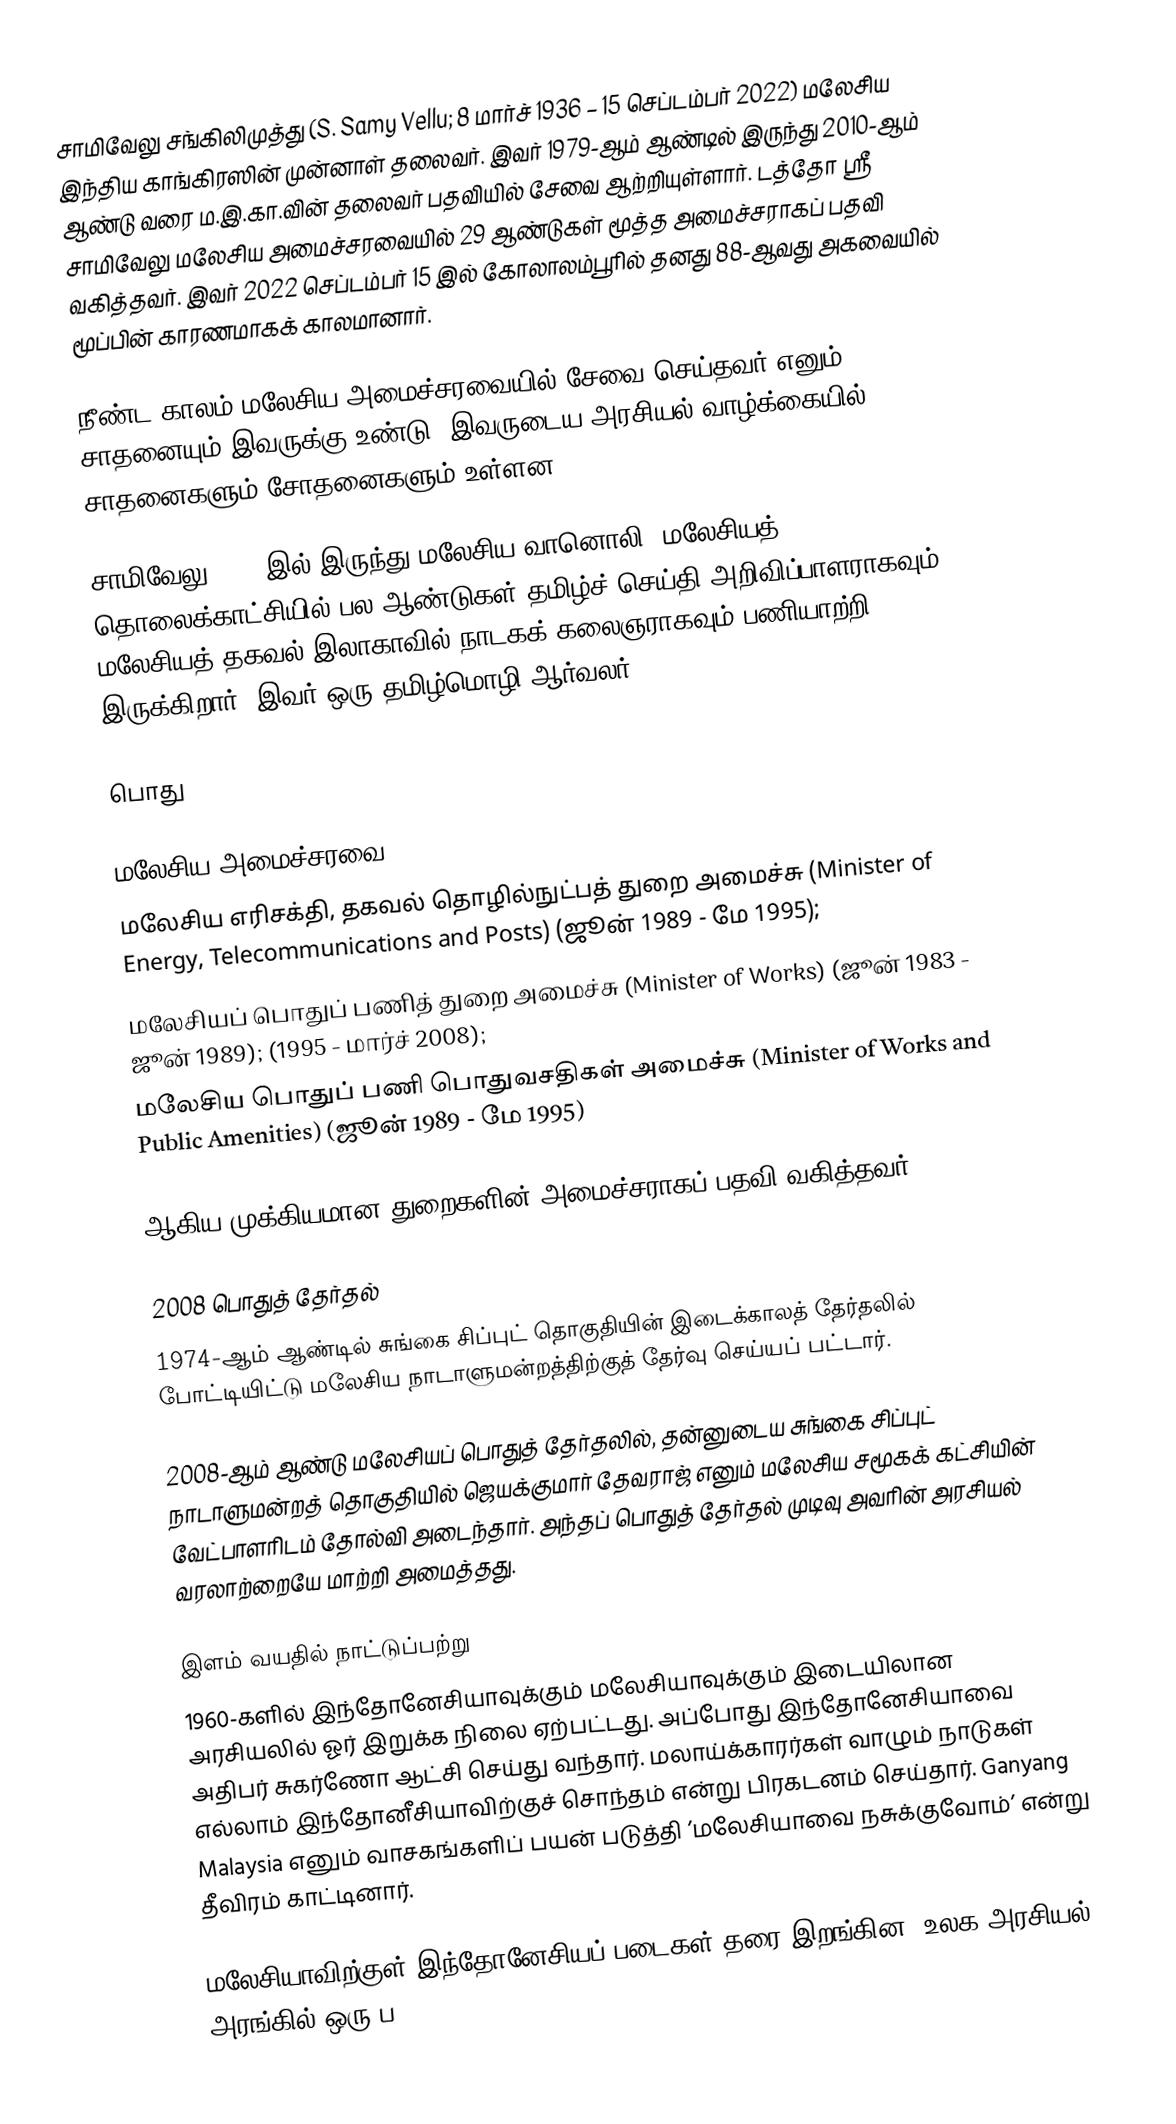
சாமிவேலு சங்கிலிமுத்து (S. Samy Vellu; 8 மார்ச் 1936 – 15 செப்டம்பர் 2022) மலேசிய இந்திய காங்கிரஸின் முன்னாள் தலைவர். இவர் 1979-ஆம் ஆண்டில் இருந்து 2010-ஆம் ஆண்டு வரை ம.இ.கா.வின் தலைவர் பதவியில் சேவை ஆற்றியுள்ளார். டத்தோ ஸ்ரீ சாமிவேலு மலேசிய அமைச்சரவையில் 29 ஆண்டுகள் மூத்த அமைச்சராகப் பதவி வகித்தவர். இவர் 2022 செப்டம்பர் 15 இல் கோலாலம்பூரில் தனது 88-ஆவது அகவையில் மூப்பின் காரணமாகக் காலமானார்.

நீண்ட காலம் மலேசிய அமைச்சரவையில் சேவை செய்தவர் எனும் சாதனையும் இவருக்கு உண்டு. இவருடைய அரசியல் வாழ்க்கையில் சாதனைகளும் சோதனைகளும் உள்ளன.

சாமிவேலு 1963-இல் இருந்து மலேசிய வானொலி, மலேசியத் தொலைக்காட்சியில் பல ஆண்டுகள் தமிழ்ச் செய்தி அறிவிப்பாளராகவும், மலேசியத் தகவல் இலாகாவில் நாடகக் கலைஞராகவும் பணியாற்றி இருக்கிறார். இவர் ஒரு தமிழ்மொழி ஆர்வலர்.

பொது

மலேசிய அமைச்சரவை
 மலேசிய எரிசக்தி, தகவல் தொழில்நுட்பத் துறை அமைச்சு (Minister of Energy, Telecommunications and Posts) (ஜூன் 1989 - மே 1995);
 மலேசியப் பொதுப் பணித் துறை அமைச்சு (Minister of Works) (ஜூன் 1983 - ஜூன் 1989); (1995 - மார்ச் 2008);
 மலேசிய பொதுப் பணி பொதுவசதிகள் அமைச்சு (Minister of Works and Public Amenities) (ஜூன் 1989 - மே 1995)

ஆகிய முக்கியமான துறைகளின் அமைச்சராகப் பதவி வகித்தவர்.

2008 பொதுத் தேர்தல்
1974-ஆம் ஆண்டில் சுங்கை சிப்புட் தொகுதியின் இடைக்காலத் தேர்தலில் போட்டியிட்டு மலேசிய நாடாளுமன்றத்திற்குத் தேர்வு செய்யப் பட்டார்.

2008-ஆம் ஆண்டு மலேசியப் பொதுத் தேர்தலில், தன்னுடைய சுங்கை சிப்புட் நாடாளுமன்றத் தொகுதியில் ஜெயக்குமார் தேவராஜ் எனும் மலேசிய சமூகக் கட்சியின் வேட்பாளரிடம் தோல்வி அடைந்தார். அந்தப் பொதுத் தேர்தல் முடிவு அவரின் அரசியல் வரலாற்றையே மாற்றி அமைத்தது.

இளம் வயதில் நாட்டுப்பற்று
1960-களில் இந்தோனேசியாவுக்கும் மலேசியாவுக்கும் இடையிலான அரசியலில் ஓர் இறுக்க நிலை ஏற்பட்டது. அப்போது இந்தோனேசியாவை அதிபர் சுகர்ணோ ஆட்சி செய்து வந்தார். மலாய்க்காரர்கள் வாழும் நாடுகள் எல்லாம் இந்தோனீசியாவிற்குச் சொந்தம் என்று பிரகடனம் செய்தார். Ganyang Malaysia எனும் வாசகங்களிப் பயன் படுத்தி ’மலேசியாவை நசுக்குவோம்’ என்று தீவிரம் காட்டினார்.

மலேசியாவிற்குள் இந்தோனேசியப் படைகள் தரை இறங்கின. உலக அரசியல் அரங்கில் ஒரு ப